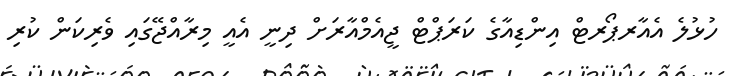
ހުޅުލެ އެއާރޕޯރޓް އިންޑިއާގެ ކަރަޕްޓް ޖީއެމްއާރަށް ދިނީ އެއީ މިރާއްޖޭގައި ވެރިކަން ކުރި